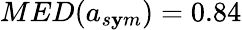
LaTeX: MED(a_{s\mathbf{y}m})=0.84